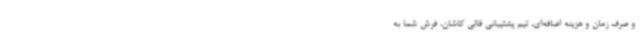
و صرف زمان و هزینه اضافه‌ای، تیم پشتیبانی قالی کاشان، فرش شما به